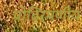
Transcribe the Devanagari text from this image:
प्रोढ़िरमणीय